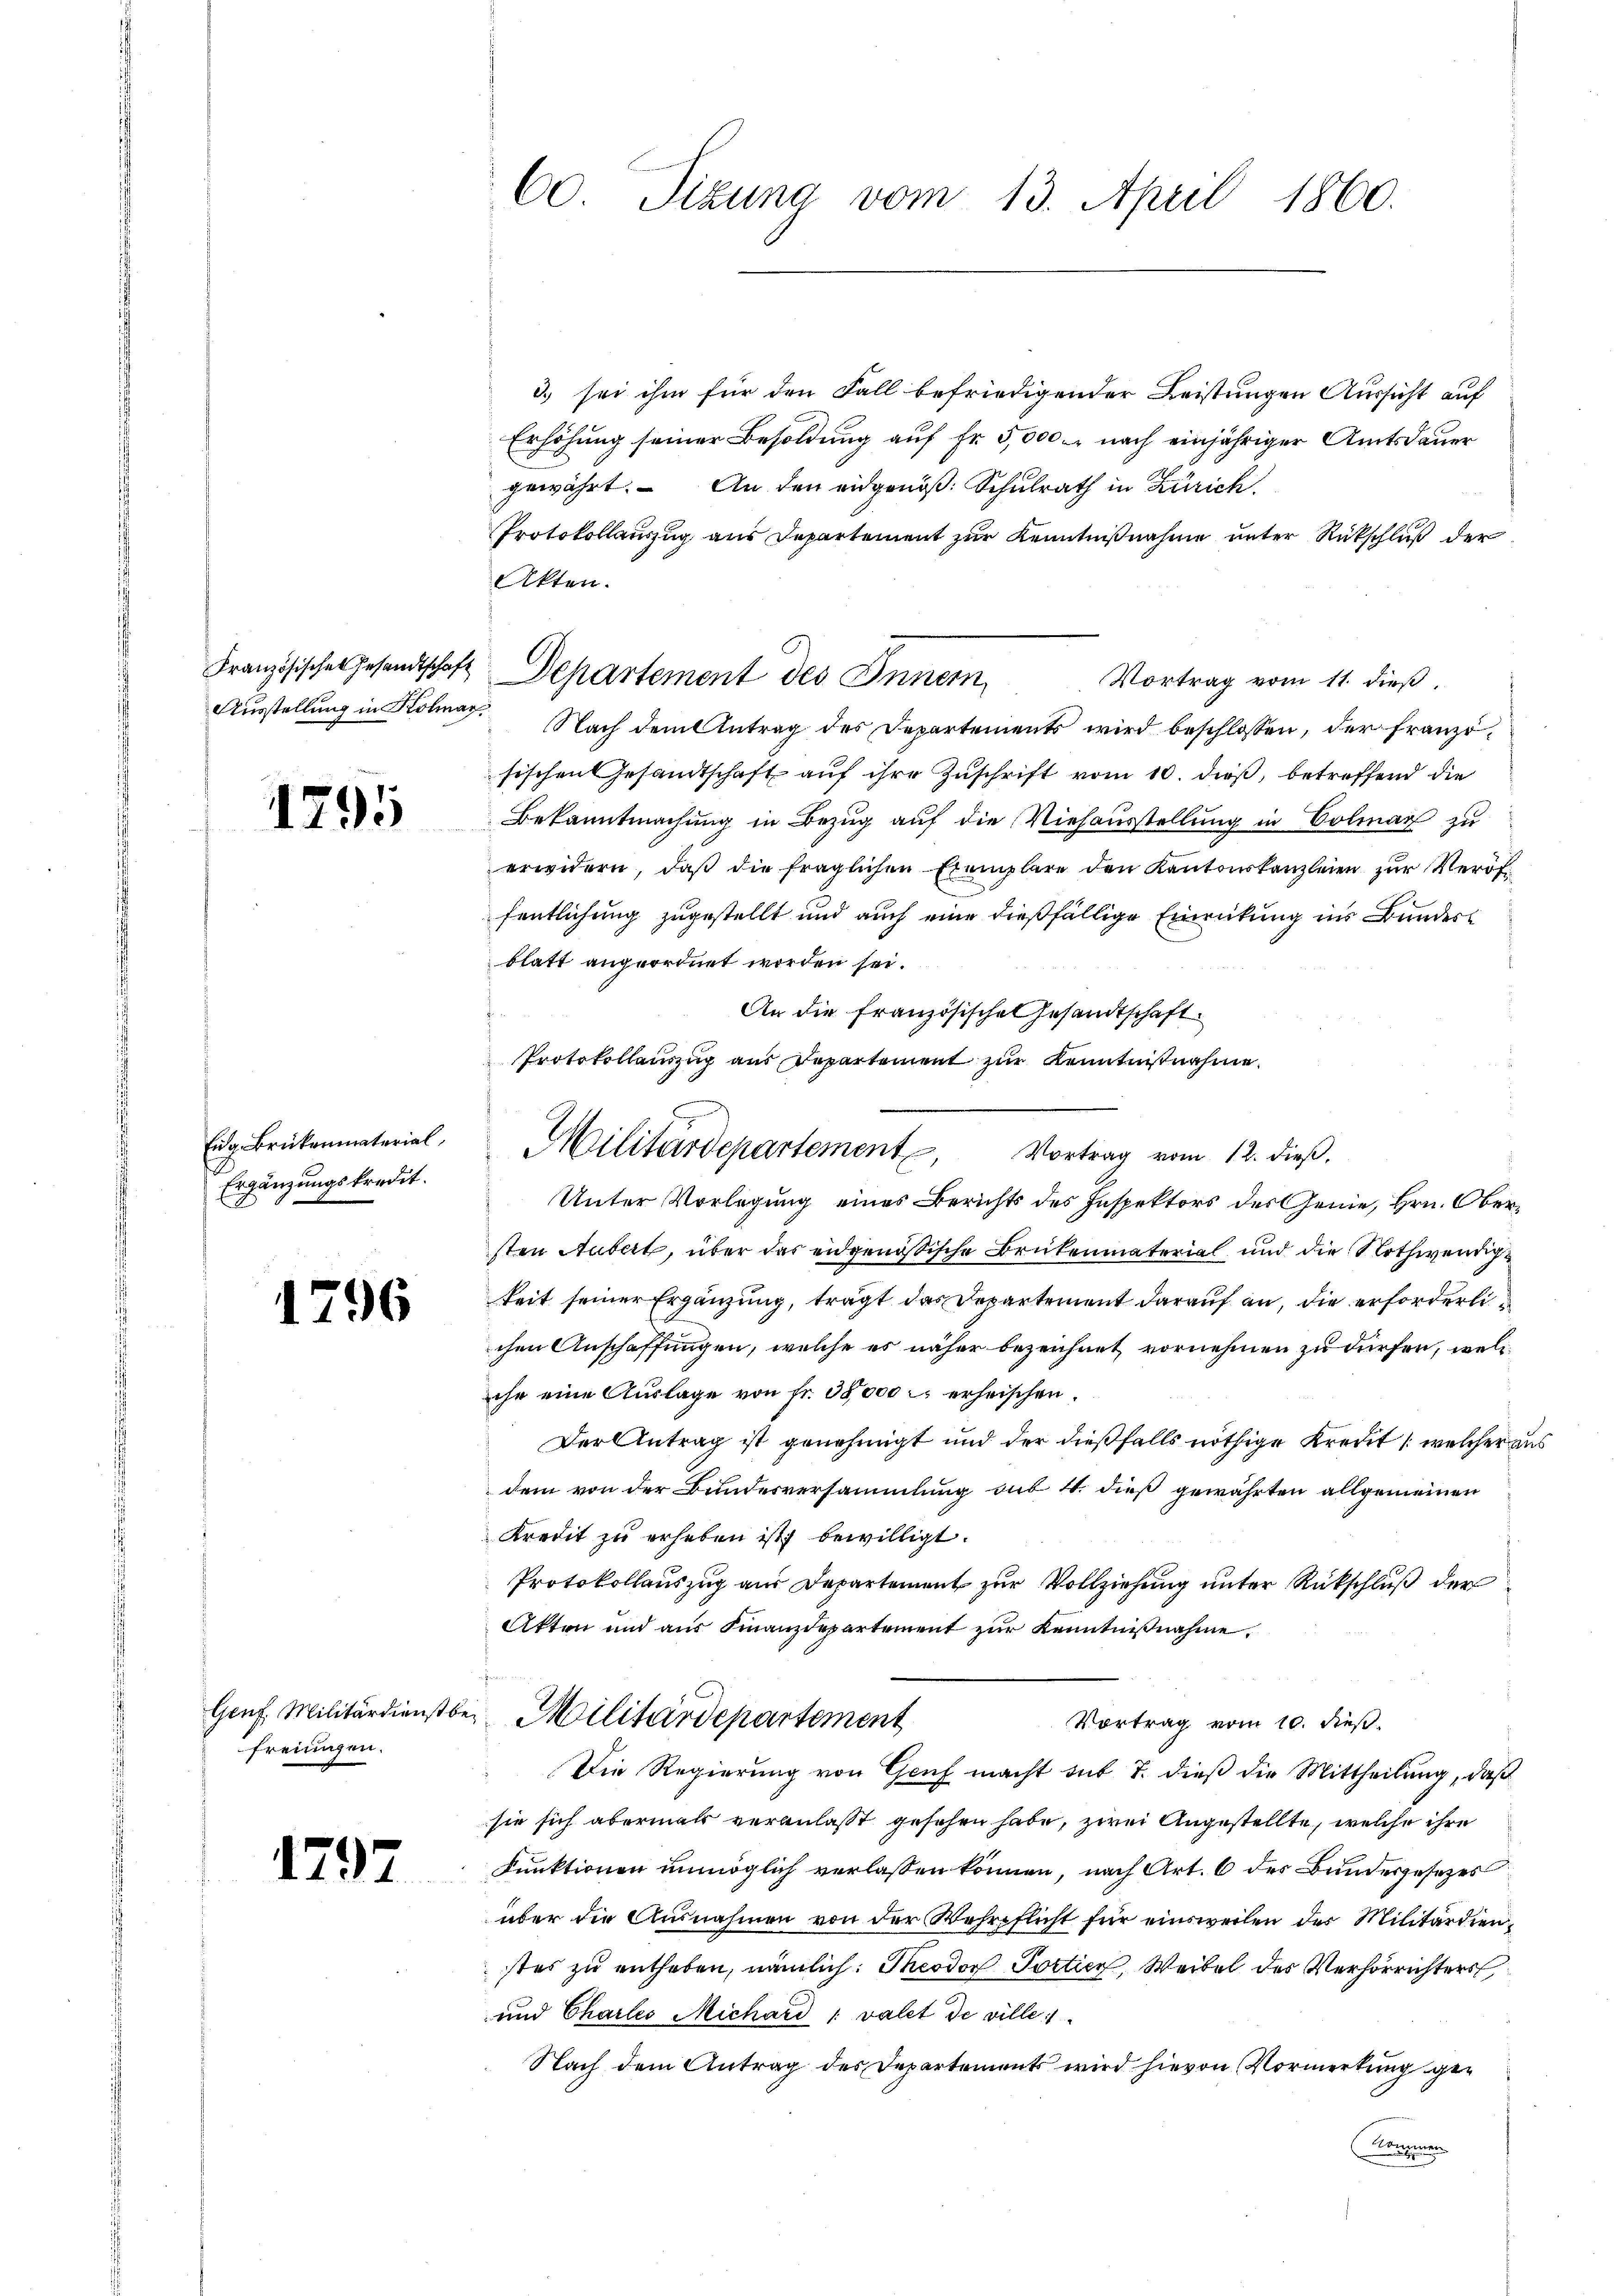
Französischen Gesandtschaft

1295

Eidg. Brükenmaterial,
Ergänzungskredit.

1796

freiungen.

1797

60. Sizung vom 13. April 1860.

d) sei ihm für den Fall befriedigender Leistungen Aussicht auf
Erhöhung seiner Besoldung auf Fr. 5,000. nach einjähriger Amtsdauer
gewährt. An den eidgenöß: Schulrath in Zürich
Protokollauszug aus Departement zur Kenntnißnahme unter Rückschluß der
Akten.
Departement des Inner
Vortrag vom 11. dieß,
Ausstellung in Kolmar. Nach dem Antrag des Departements wird beschlossen, der französischen Gesandtschaft auf ihre Zuschrift vom 10. dieß, betreffend die
Bekanntmachung in Bezug auf die Viehausstellung in Colmar zu
erwidern, daß die fraglichen Exemplare den Kantonskanzleien zur Veröf
fentlichung zugestellt und auch eine dießfällige Einrückung ins Bundes
blatt angeordnet worden sei.
An die französische Gesandtschaft.
Protokollauszug aus Departement zur Kenntnisnahme
Unter Vorlegung eines Berichts des Inspektors des Genie, Hrn. Obersten Hubert, über das eidgenößische Brükenmaterial und die Nothwendigkeit seiner Ergänzung, trägt das Departement darauf an, die erforderli
chen Anschaffungen, welche es näher bezeichnet vornehmen zu dürfen, welcihr eine Auslage von fr. 38000 erheischen.
Der Antrag ist genehmigt und der dießfalls nöthige Kredit (welcher aus
dem von der Bundesversammlung sub 4. dieß gewährten allgemeinen
Kredit zu erheben ist bewilligt.
Protokollauszug aus Departement zur Vollziehung unter Rückschluß der
Akten und aus Finanzdepartement zur Kenntnißnahme.
Genf. Militärdienstber Militärdepartement
Vortrag vom 10. dieß.
Die Regierung von Genf macht sub 7. dieß die Mittheilung, daß
sie sich abermals veranlasst gesehen habe, zwei Angestellte, welche ihre
Funktionen unmöglich verlassen können, nach Art. 6 des Bundesgesetzes
über die Ausnahmen von der Wehrpflicht für einsweilen der Militärdienstes zu entheben, nämlich: Theodor Poctice, Weibel des Verhörrichters
und Chartes Michard " valet de ville
Nach dem Antrag des Departements wird hievon Vormerkung ge¬
Sommen

Militärdepartement. Vortrag vom 12. dieβ.